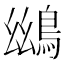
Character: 𪀨